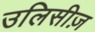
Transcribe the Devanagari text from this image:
उलिसीज़